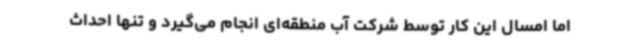
اما امسال این کار توسط شرکت آب منطقه‌ای انجام می‌گیرد و تنها احداث